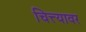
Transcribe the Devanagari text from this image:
चित्त्यावर